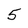
Character: 5